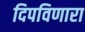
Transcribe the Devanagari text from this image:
दिपविणारा